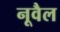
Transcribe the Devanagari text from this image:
नूवैल